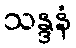
သန္ဒနံ